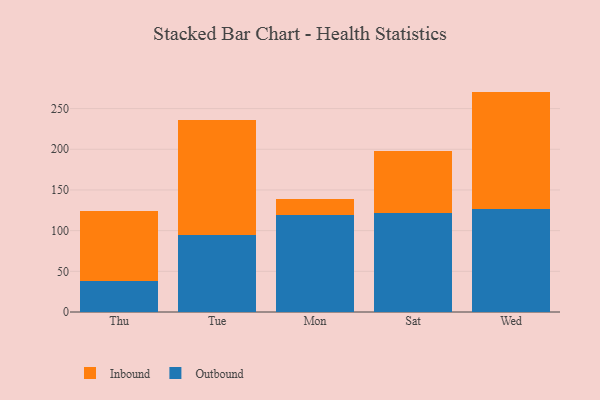
{"axis": {"x": "Day", "y": "Conversion Rate (%)"}, "legend": ["Inbound", "Outbound"], "data": [{"x": "Thu", "y": 38.7, "type": "Outbound"}, {"x": "Thu", "y": 86.0, "type": "Inbound"}, {"x": "Tue", "y": 94.3, "type": "Outbound"}, {"x": "Tue", "y": 141.9, "type": "Inbound"}, {"x": "Mon", "y": 119.8, "type": "Outbound"}, {"x": "Mon", "y": 19.5, "type": "Inbound"}, {"x": "Sat", "y": 121.6, "type": "Outbound"}, {"x": "Sat", "y": 75.7, "type": "Inbound"}, {"x": "Wed", "y": 127.0, "type": "Outbound"}, {"x": "Wed", "y": 143.9, "type": "Inbound"}]}